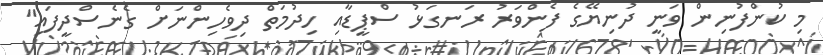
މި ކުންފުނިން ވަނީ ދުނިޔޭގެ ފެންވަރު ރަނގަޅު ސްޕީޑާއި ހިދުމަތް ދިވެހިންނަށް ގެނެސްދީފައި"